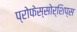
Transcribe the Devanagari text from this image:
प्रोफेस्सोर्शिप्स